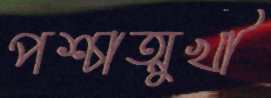
পশ্চাত্মুখী